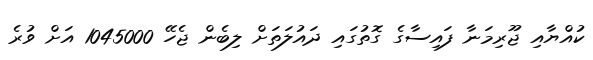
ކުއްޔާއި ޖޫރިމަނާ ފައިސާގެ ގޮތުގައި ދައުލަތަށް ލިބެން ޖެހޭ 1045000 އަށް ވުރެ